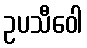
ဥပသီဝေါ